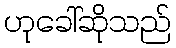
ဟုခေါ်ဆိုသည်